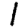
Digit: 1